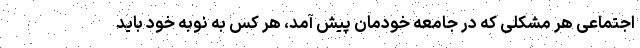
اجتماعی هر مشکلی که در جامعه خودمان پیش آمد، هر کس به نوبه خود باید